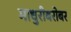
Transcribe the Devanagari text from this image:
माधुरीबरोबर